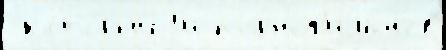
 кото́рый Л'и порноф'ильмов